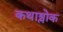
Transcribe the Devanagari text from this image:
कथाश्लोक